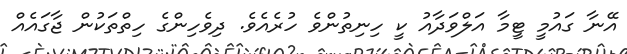
އޭނާ ގައުމީ ޓީމާ އަލްވަދާއު ކީ ހިނިތުންވެ ހުރެއެވެ. ދިވެހިންގެ ހިތްތަކުން ޖާގައެއް